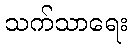
သက်သာရေး